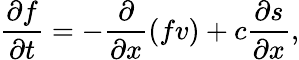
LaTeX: \frac{\partial f}{\partial t}=-\frac{\partial}{\partial x}(fv)+c\frac{\partial s}{\partial x},